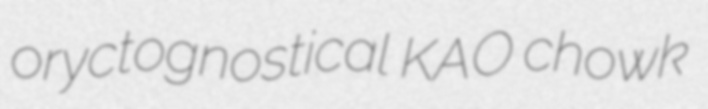
oryctognostical KAO chowk